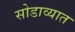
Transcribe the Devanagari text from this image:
सोडाव्यात